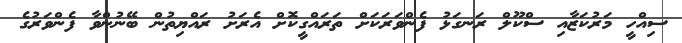
ސިއްހީ މަރުކަޒާއި ސްކޫލް ރަނގަޅު ފެންވަރަކަށް ތަރައްގީކޮށް އެރަށު ރައްޔިތުން ބޭނުންވާ ފެންވަރުގެ